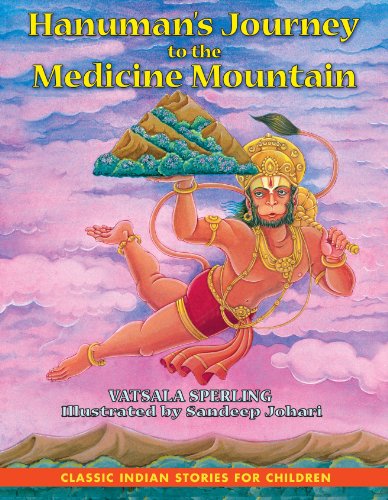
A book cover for Hanuman's Journey to the Medicine Mountain; Vatsala Sperling; Children's Books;